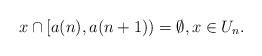
LaTeX: \begin{align*} x\cap [a(n), a(n+1))=\emptyset, x\in U_n.\end{align*}